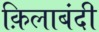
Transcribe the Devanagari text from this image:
क़िलाबंदी